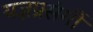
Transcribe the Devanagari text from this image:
यज्ञप्रसंगीं